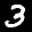
Label: 3